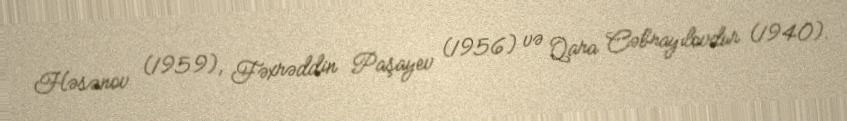
Həsənov (1959), Fəxrəddin Paşayev (1956) və Qara Cəbrayılovdur (1940).